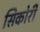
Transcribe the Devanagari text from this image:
सिकोरी